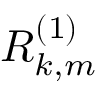
R _ { k , m } ^ { ( 1 ) }